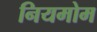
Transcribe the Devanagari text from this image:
नियमोम